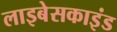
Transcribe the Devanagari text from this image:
लाइबेसकाइंड